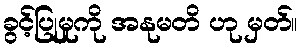
ခွင့်ပြုမှုကို အနုမတိ ဟု မှတ်။